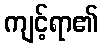
ကျင့်ရာ၏